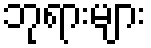
ဘုရားများ